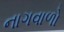
નાગવાળો